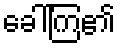
ခေါ်ကြ၏